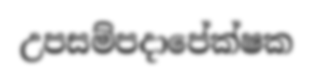
උපසම්පදාපේක්ෂක